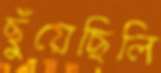
ছুঁয়েছিলি